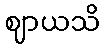
ဈာယသိ